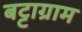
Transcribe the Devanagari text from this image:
बट्टाग्राम